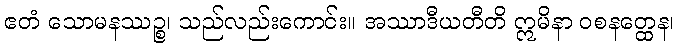
ဧတံ သောမနဿဉ္စ၊ သည်လည်းကောင်း။ အဿာဒီယတီတိ ဣမိနာ ဝစနတ္ထေန၊